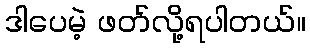
ဒါပေမဲ့ ဖတ်လို့ရပါတယ်။